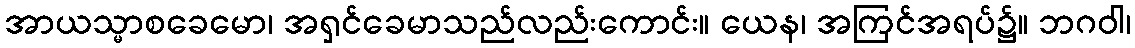
အာယသ္မာစခေမော၊ အရှင်ခေမာသည်လည်းကောင်း။ ယေန၊ အကြင်အရပ်၌။ ဘဂဝါ၊